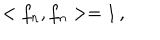
< f _ { n } , f _ { n } > = 1 \, ,